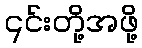
၎င်းတို့အဖို့